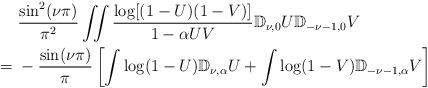
LaTeX: \begin{align*}&\frac{\sin^{2} (\nu\pi )}{\pi^{2}}\iint\frac{\log[(1-U)(1-V)]}{1-\alpha UV}\mathbb D_{\nu,0}U\mathbb D_{-\nu-1,0}V\\={}&-\frac{\sin(\nu\pi)}{\pi}\left[ \int\log(1-U)\mathbb D_{\nu,\alpha}U+ \int\log(1-V)\mathbb D_{-\nu-1,\alpha}V\right]\end{align*}